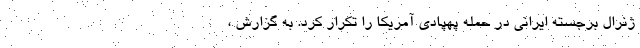
ژنرال برجسته ایرانی در حمله پهپادی آمریکا را تکرار کرد. به گزارش ،